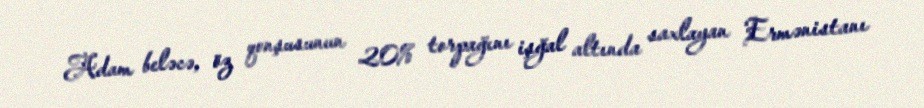
Adam beləcə, öz qonşusunun 20% torpağını işğal altında saxlayan Ermənistanı